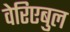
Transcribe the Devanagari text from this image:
वेरिएबुल